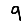
Digit: 9